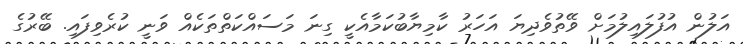
އަލުން އުފުލައިލުމަށް ވޭތުވެދިޔަ އަހަރު ކާމިޔާބުކަމާއެކީ ގިނަ މަސައްކަތްތަކެއް ވަނީ ކުރެވިފައި. ބޭރުގެ